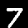
Digit: 7